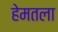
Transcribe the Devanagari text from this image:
हेमतला